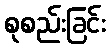
စုစည်းခြင်း